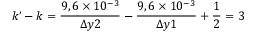
k ’ - k = \frac { 9 , 6 \times 1 0 ^ { - 3 } } { \Delta y 2 } - \frac { 9 , 6 \times 1 0 ^ { - 3 } } { \Delta y 1 } + \frac { 1 } { 2 } = 3